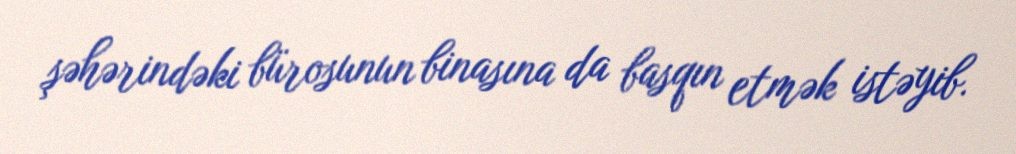
şəhərindəki bürosunun binasına da basqın etmək istəyib.